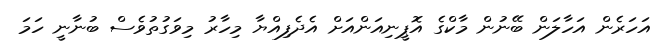
އަހަރެން އަހާލަން ބޭނުން މާކްގެ އޮޕީނިއަންއަށް އެދެފިއްޔާ މިހާރު މިވަގުތުވެސް ބުނާނީ ހަމަ